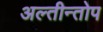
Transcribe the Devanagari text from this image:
अल्तीन्तोप